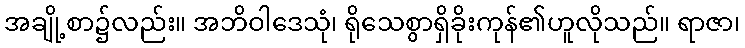
အချို့စာ၌လည်း။ အဘိဝါဒေသုံ၊ ရိုသေစွာရှိခိုးကုန်၏ဟူလိုသည်။ ရာဇာ၊